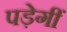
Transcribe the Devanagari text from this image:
पड़ेगीं